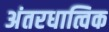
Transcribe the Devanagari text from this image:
अंतरधात्विक